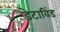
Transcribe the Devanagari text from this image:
डेटाविंड